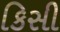
કિસી